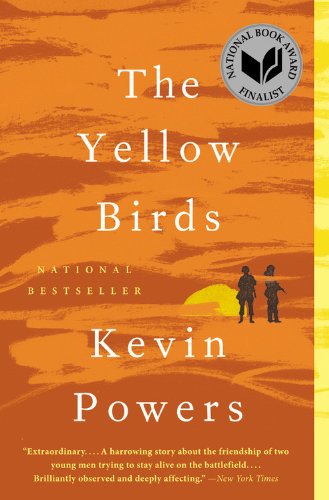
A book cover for The Yellow Birds: A Novel; Kevin Powers; Literature & Fiction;